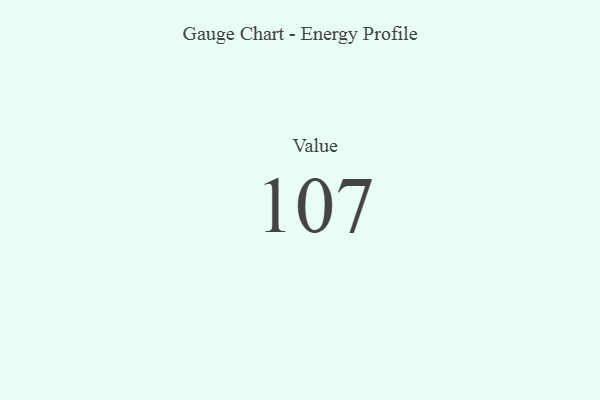
{"axis": {"x": "Metric", "y": "Value"}, "legend": [""], "data": [{"x": "Value", "y": 107, "type": ""}]}